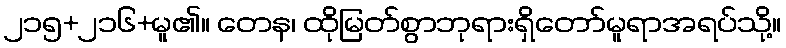
၂၁၅+၂၁၆+မူ၏။ တေန၊ ထိုမြတ်စွာဘုရားရှိတော်မူရာအရပ်သို့။